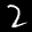
Label: 2